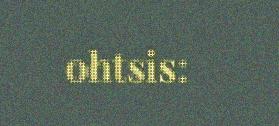
ohtsis: